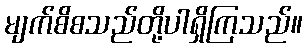
မျက်စိစသည်တို့ပါရှိကြသည်။